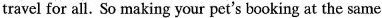
travel for all. So making your pet's booking at the same